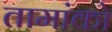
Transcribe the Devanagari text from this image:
तामांको